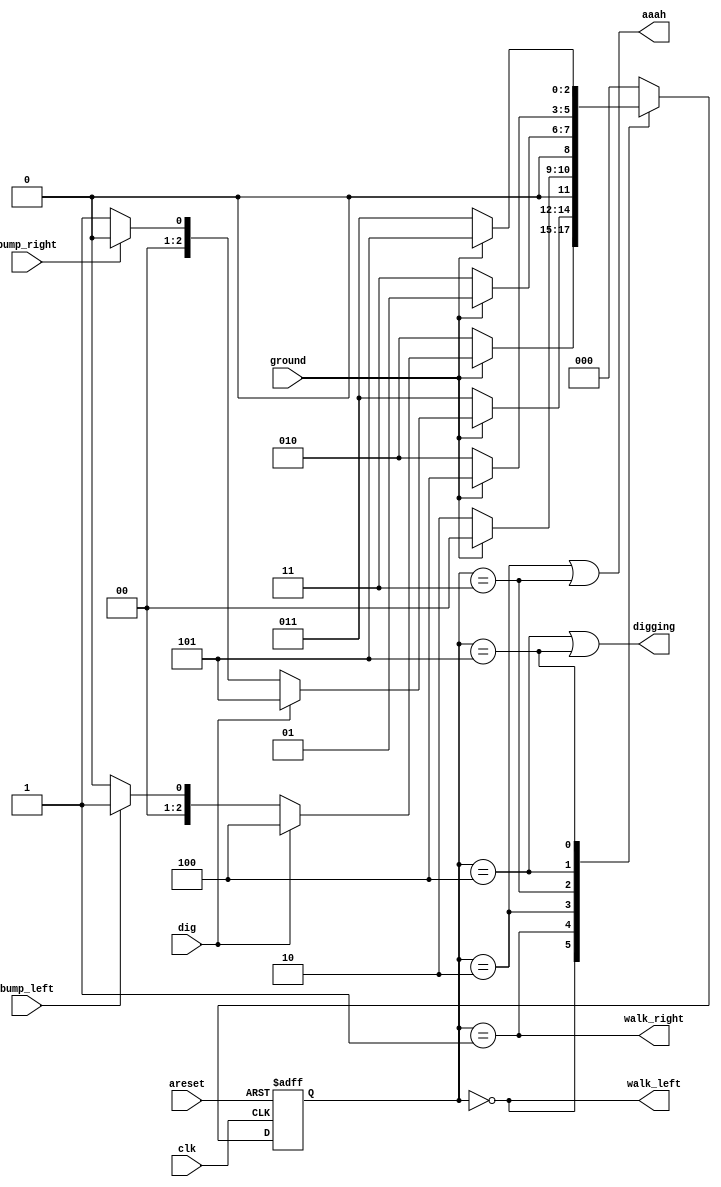
module Lemmings3(clk, areset, bump_left, bump_right, ground, dig, walk_left, walk_right, aaah, digging);
  input clk;
  input areset;
  input bump_left;
  input bump_right;
  input ground;
  input dig;
  output walk_left;
  output walk_right;
  output aaah;
  output digging;

  localparam WALK_LEFT = 3'b000,//  
             WALK_RIGHT = 3'b001,//  
             FALL_LEFT = 3'b010,//   
             FALL_RIGHT = 3'b011,//   
             DIG_LEFT = 3'b100,//    
             DIG_RIGHT = 3'b101;//    
            
  reg [2:0] present_state, next_state;
  
  //  
  always @(*) begin
    case(present_state)
      WALK_LEFT://  WALK_LEFT 
          if(!ground) next_state = FALL_LEFT;//  FALL_LEFT
          else begin// 
            //dig 0  bump_left  WALK_RIGHT,    
            if(!dig) next_state = bump_left ? WALK_RIGHT : WALK_LEFT;
            else next_state = DIG_LEFT;//dig 1  DIG_LEFT
          end
      WALK_RIGHT://  WALK_RIGHT 
          if(!ground) next_state = FALL_RIGHT;//  FALL_RIGHT
          else begin// 
            //dig 0  bump_right  WALK_LEFT,    
            if(!dig) next_state = bump_right ? WALK_LEFT : WALK_RIGHT;
            else next_state = DIG_RIGHT;//dig 1  DIG_RIGHT
          end
      FALL_LEFT://  FALL_LEFT 
          next_state = ground ? WALK_LEFT : FALL_LEFT;//  WALK_LEFT,   
      FALL_RIGHT://  FALL_RIGHT 
          next_state = ground ? WALK_RIGHT : FALL_RIGHT;//  WALK_RIGHT,   
      DIG_LEFT://  DIG_LEFT 
          next_state = ground ? DIG_LEFT : FALL_LEFT;//  FALL_LEFT,   
      DIG_RIGHT://  DIG_RIGHT 
          next_state = ground ? DIG_RIGHT : FALL_RIGHT;//  FALL_RIGHT,   
      default:
          next_state = WALK_LEFT;//  WALK_LEFT
    endcase
  end
  
  //  
  always @(posedge clk or negedge areset) begin
    if(!areset) present_state <= WALK_LEFT;//areset 0   WALK_LEFT 
    else       present_state <= next_state;//areset 1    
  end
  
  // 
  assign walk_left = (present_state == WALK_LEFT);//walk_left   WALK_LEFT  1,    0
  assign walk_right = (present_state == WALK_RIGHT);//walk_right   WALK_RIGHT  1,    0
  //aaah   FALL_LEFT FALL_RIGHT  1,    0
  assign aaah = (present_state == FALL_LEFT) || (present_state == FALL_RIGHT);
  //digging   DIG_LEFT DIG_RIGHT  1,    0
  assign digging = (present_state == DIG_LEFT) || (present_state == DIG_RIGHT);
endmodule